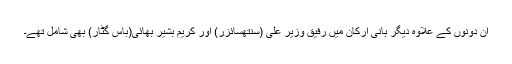
ان دونوں کے علاوہ دیگر بانی ارکان میں رفیق وزیر علی (سنتھسائزر) اور کریم بشیر بھائی(باس گٹار) بھی شامل تھے۔